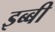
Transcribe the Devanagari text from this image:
इब्बी